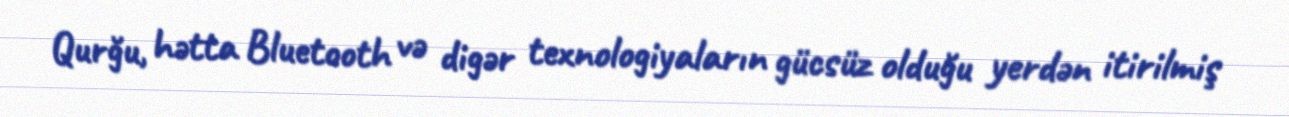
Qurğu, hətta Bluetooth və digər texnologiyaların gücsüz olduğu yerdən itirilmiş